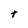
Character: t